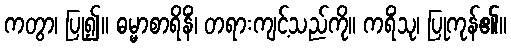
ကတွာ၊ ပြု၍။ ဓမ္မာစာရိနိံ၊ တရားကျင့်သည်ကို။ ကရိံသု၊ ပြုကုန်၏။